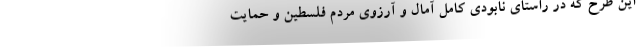
این طرح که در راستای نابودی کامل آمال و آرزوی مردم فلسطین و حمایت